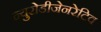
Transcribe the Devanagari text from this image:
न्युरोडीजेनरेटिव